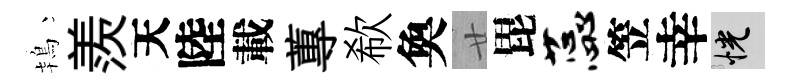
鴇羨天陸載蓴欷奐廿毘蕊笠幸恍